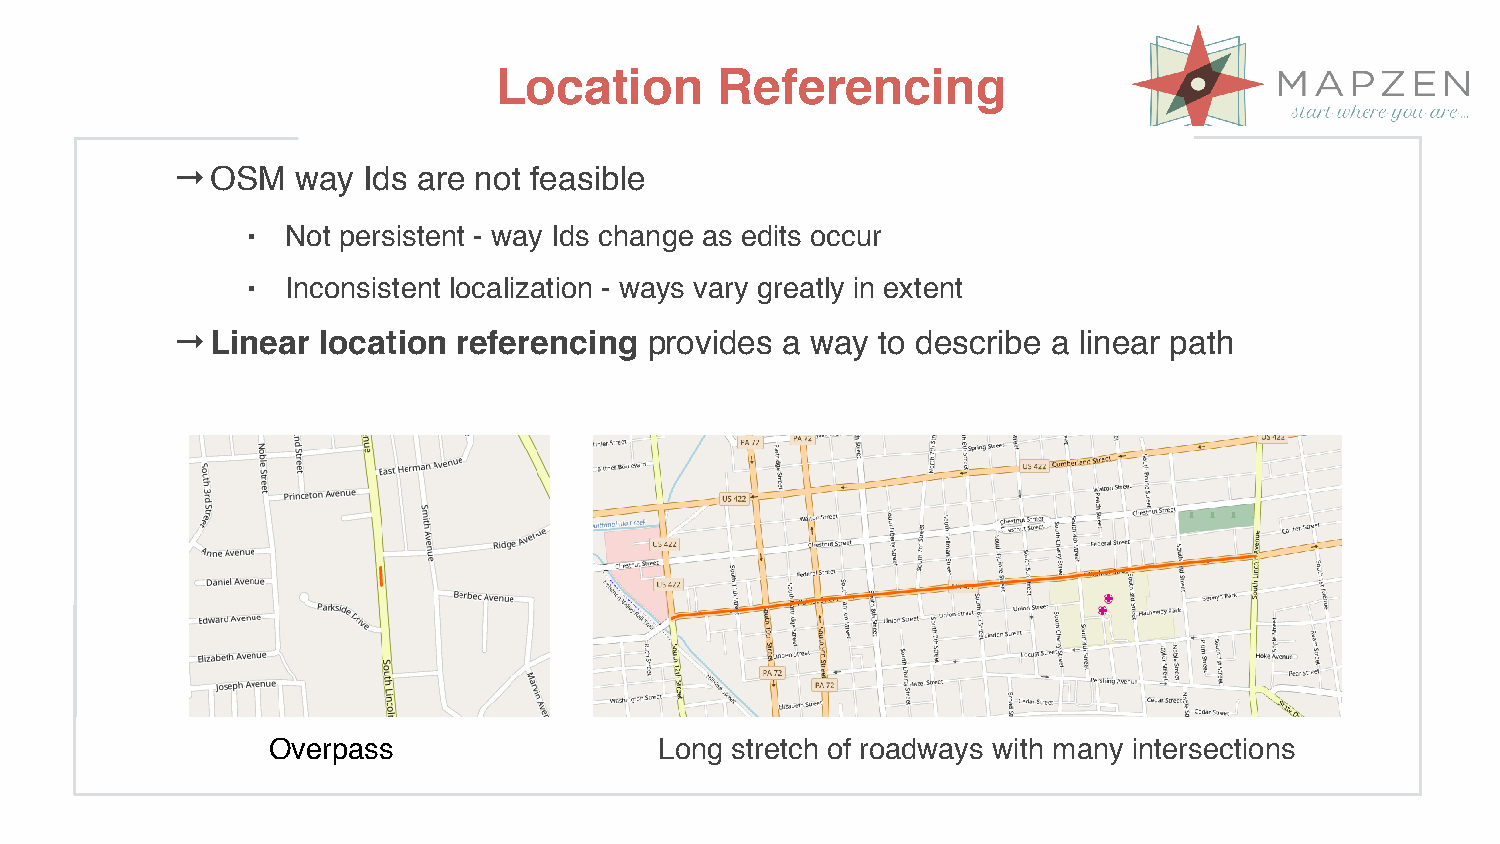
Location       Referencing
 →OSM     way Ids are not feasible
 ⬝  Not persistent - way Ids change as edits occur
 ⬝  Inconsistent localization - ways vary greatly in extent
 →Linear   location referencing  provides a way to describe a linear path
 Overpass                  Long stretch of roadways with many intersections